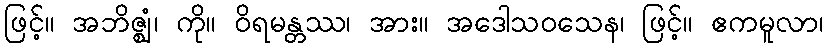
ဖြင့်။ အဘိဇ္ဈံ၊ ကို။ ဝိရမန္တဿ၊ အား။ အဒေါသဝသေန၊ ဖြင့်။ ဧကမူလာ၊